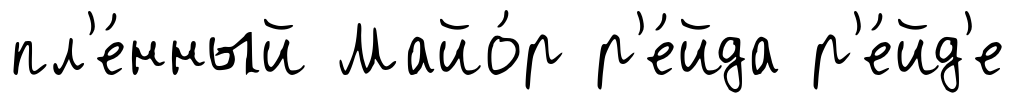
пл'е́нный Майо́р р'е́йда р'е́йд'е